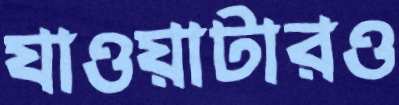
যাওয়াটারও